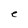
Character: e